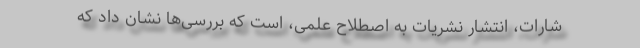
شارات، انتشار نشریات‌ به اصطلاح علمی، است که بررسی‌ها نشان داد که